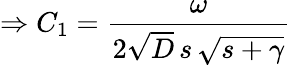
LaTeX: \Rightarrow C_{1}=\frac{\omega}{2\sqrt{D}\, s\, \sqrt{s+\gamma}}